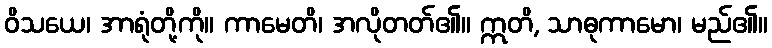
ဝိသယေ၊ အာရုံတို့ကို။ ကာမေတိ၊ အလိုတတ်၏။ ဣတိ, သာဓုကာမော၊ မည်၏။